Indian journal of veterinary science and animal husbandry - Volume 5,
Year: 1935
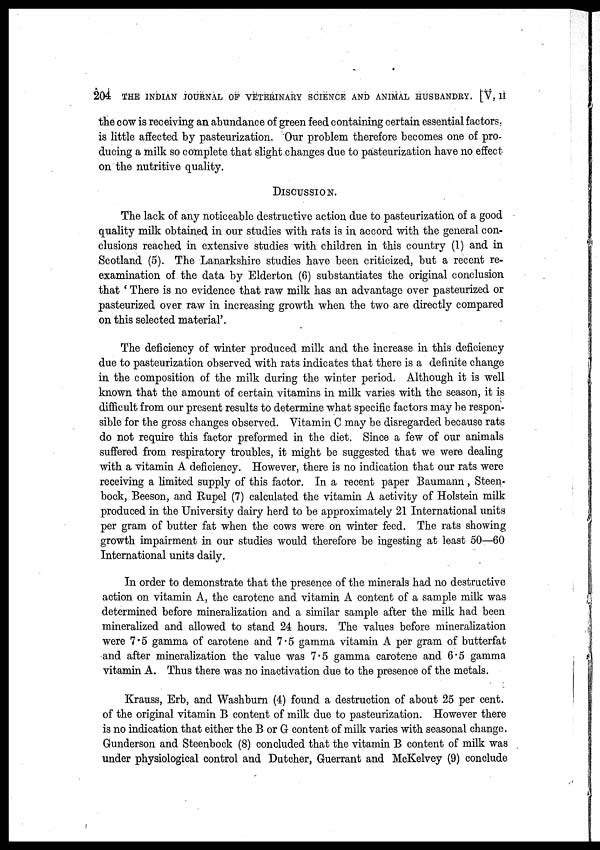
204 THE INDIAN JOURNAL OF VETERINARY SCIENCE AND ANIMAL HUSBANDRY. [V, II
the cow is receiving an abundance of green feed containing certain essential factors.,
is little affected by pasteurization. Our problem therefore becomes one of pro-
ducing a milk so complete that slight changes due to pasteurization have no effect
on the nutritive quality.
DISCUSSION.
The lack of any noticeable destructive action due to pasteurization of a good
quality milk obtained in our studies with rats is in accord with the general con-
clusions reached in extensive studies with children in this country (1) and in
Scotland (5). The Lanarkshire studies have been criticized, but a recent re-
examination of the data by Elderton (6) substantiates the original conclusion
that ' There is no evidence that raw milk has an advantage over pasteurized or
pasteurized over raw in increasing growth when the two are directly compared
on this selected material'.
The deficiency of winter produced milk and the increase in this deficiency
due to pasteurization observed with rats indicates that there is a definite change
in the composition of the milk during the winter period. Although it is well
known that the amount of certain vitamins in milk varies with the season, it is
difficult from our present results to determine what specific factors may be respon-
sible for the gross changes observed. Vitamin C may be disregarded because rats
do not require this factor preformed in the diet. Since a few of our animals
suffered from respiratory troubles, it might be suggested that we were dealing
with a vitamin A deficiency. However, there is no indication that our rats were
receiving a limited supply of this factor. In a recent paper Baumann , Steen-
bock, Beeson, and Rupel (7) calculated the vitamin A activity of Holstein milk
produced in the University dairy herd to be approximately 21 International units
per gram of butter fat when the cows were on winter feed. The rats showing
growth impairment in our studies would therefore be ingesting at least 50—60
International units daily.
In order to demonstrate that the presence of the minerals had no destructive
action on vitamin A, the carotene and vitamin A content of a sample milk was
determined before mineralization and a similar sample after the milk had been
mineralized and allowed to stand 24 hours. The values before mineralization
were 7.5 gamma of carotene and 7.5 gamma vitamin A per gram of butterfat
and after mineralization the value was 7.5 gamma carotene and 6.5 gamma
vitamin A. Thus there was no inactivation due to the presence of the metals.
Krauss, Erb, and Washburn (4) found a destruction of about 25 per cent.
of the original vitamin B content of milk due to pasteurization. However there
is no indication that either the B or G content of milk varies with seasonal change.
Gunderson and Steenbock (8) concluded that the vitamin B content of milk was
under physiological control and Dutcher, Guerrant and McKelvey (9) conclude